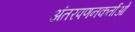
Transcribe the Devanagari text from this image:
अंतरपणनकर्ताओं